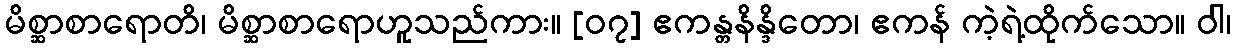
မိစ္ဆာစာရောတိ၊ မိစ္ဆာစာရောဟူသည်ကား။ [၀၇] ဧကန္တနိန္ဒိတော၊ ဧကန် ကဲ့ရဲ့ထိုက်သော။ ဝါ၊